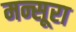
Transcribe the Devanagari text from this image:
मन्सूरा